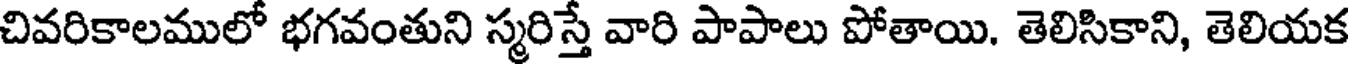
చివరికాలములో భగవంతుని స్మరిస్తే వారి పాపాలు పోతాయి. తెలిసికాని, తెలియక